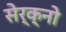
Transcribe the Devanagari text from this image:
सेर्क्नो